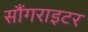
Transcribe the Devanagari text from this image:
सौंगराइटर